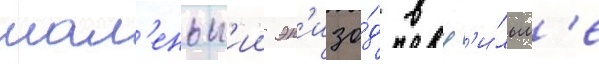
мал'еньк'ии эп'изо́д в ф'и́льм'е